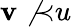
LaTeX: \mathbf{v}\not{\prec}u